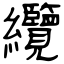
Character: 纜